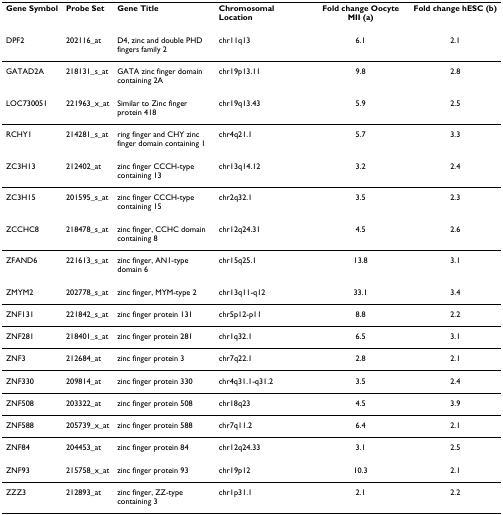
| Gene Symbol | Probe Set | Gene Title | Chromosomal Location | Fold change Oocyte MII (a) | Fold change hESC (b) |
 | --- | --- | --- | --- | --- | --- |
 | DPF2 | 202116_at | D4, zinc and double PHD fingers family 2 | chr11q13 | 6.1 | 2.1 |
 | GATAD2A | 218131_s_at | GATA zinc finger domain containing 2A | chr19p13.11 | 9.8 | 2.8 |
 | LOC730051 | 221963_x_at | Similar to Zinc finger protein 418 | chr19q13.43 | 5.9 | 2.5 |
 | RCHY1 | 214281_s_at | ring finger and CHY zinc finger domain containing 1 | chr4q21.1 | 5.7 | 3.3 |
 | ZC3H13 | 212402_at | zinc finger CCCH-type containing 13 | chr13q14.12 | 3.2 | 2.4 |
 | ZC3H15 | 201595_s_at | zinc finger CCCH-type containing 15 | chr2q32.1 | 3.5 | 2.3 |
 | ZCCHC8 | 218478_s_at | zinc finger, CCHC domain containing 8 | chr12q24.31 | 4.5 | 2.6 |
 | ZFAND6 | 221613_s_at | zinc finger, AN1-type domain 6 | chr15q25.1 | 13.8 | 3.1 |
 | ZMYM2 | 202778_s_at | zinc finger, MYM-type 2 | chr13q11-q12 | 33.1 | 3.4 |
 | ZNF131 | 221842_s_at | zinc finger protein 131 | chr5p12-p11 | 8.8 | 2.2 |
 | ZNF281 | 218401_s_at | zinc finger protein 281 | chr1q32.1 | 6.5 | 3.1 |
 | ZNF3 | 212684_at | zinc finger protein 3 | chr7q22.1 | 2.8 | 2.1 |
 | ZNF330 | 209814_at | zinc finger protein 330 | chr4q31.1-q31.2 | 3.5 | 2.4 |
 | ZNF508 | 203322_at | zinc finger protein 508 | chr18q23 | 4.5 | 3.9 |
 | ZNF588 | 205739_x_at | zinc finger protein 588 | chr7q11.2 | 6.4 | 2.1 |
 | ZNF84 | 204453_at | zinc finger protein 84 | chr12q24.33 | 3.1 | 2.5 |
 | ZNF93 | 215758_x_at | zinc finger protein 93 | chr19p12 | 10.3 | 2.1 |
 | ZZZ3 | 212893_at | zinc finger, ZZ-type containing 3 | chr1p31.1 | 2.1 | 2.2 |